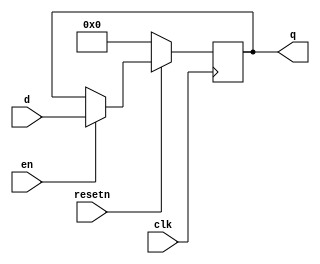
module hi_reg(clk,resetn,d,en,q);
input clk;
input resetn;
input en;
input [31:0] d;
output [31:0] q;
reg [31:0] q;
always @(posedge clk )		
begin
	if (resetn==0)
		q<=0;
	else if (en==1)
		q<=d;
end
endmodule